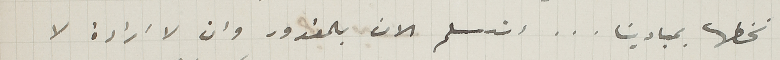
نخطها بمبادينا... استسلم الان بالمقدور وان لا ارادة لا